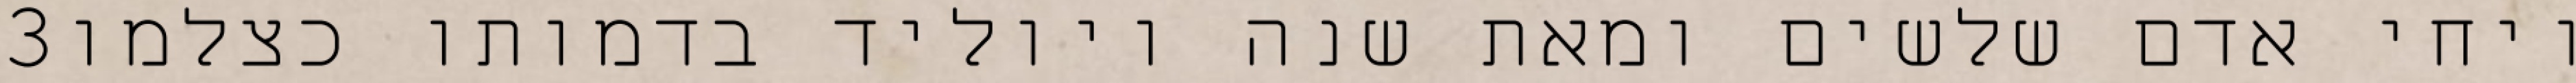
‎3‏ ויחי אדם שלשים ומאת שנה ויוליד בדמותו כצלמו